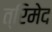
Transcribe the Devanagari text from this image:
त्रिमेद